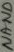
Text: NAND